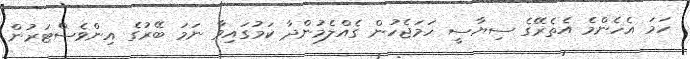
ހަމަ އެހެންމެ އެތެރޭގެ ސިޔާސީ ހަމަޖެހުން ގެއްލެމުންދާ ކަމުގައިވާ ނަމަ ބޭރުގެ އިންވެސްޓަރުން